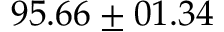
9 5 . 6 6 \pm 0 1 . 3 4